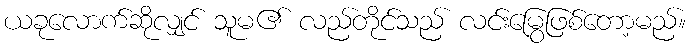
ယခုလောက်ဆိုလျှင် သူမ၏ လည်တိုင်သည် လင်းမြွေဖြစ်တော့မည်။